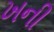
ખની